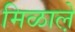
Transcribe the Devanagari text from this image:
मिळाले़